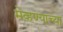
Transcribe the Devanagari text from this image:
मेव्हण्याच्या